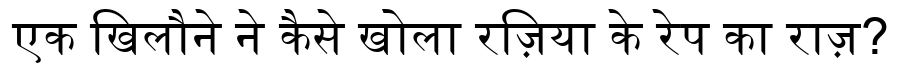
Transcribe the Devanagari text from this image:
एक खिलौने ने कैसे खोला रज़िया के रेप का राज़?